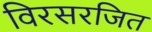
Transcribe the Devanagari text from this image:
विरसरजित